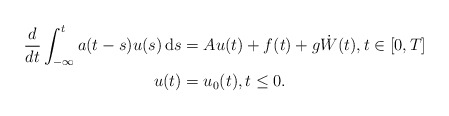
\begin{align*} \begin{aligned} \frac{d}{dt} \int_{-\infty}^t a(t-s)u(s) \, {\rm d}s &= A u(t) + f(t)+ g\dot W(t), t \in [0,T] \\ u(t) &= u_0(t), t \le 0. \end{aligned} \end{align*}